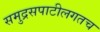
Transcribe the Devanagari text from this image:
समुद्रसपाटीलगतच